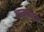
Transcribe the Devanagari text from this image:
वळूबद्दल